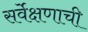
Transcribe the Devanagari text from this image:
सर्वेक्षणाची